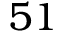
5 1